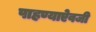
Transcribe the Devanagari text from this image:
पाहण्याऐवजी